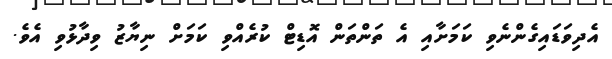
އެދިވަޑައިގެންނެވި ކަމަށާއި އެ ތަންތަން އޮޑިޓް ކުރެއްވި ކަމަށް ނިޔާޒު ވިދާޅުވި އެވެ.